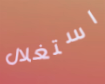
استغلال